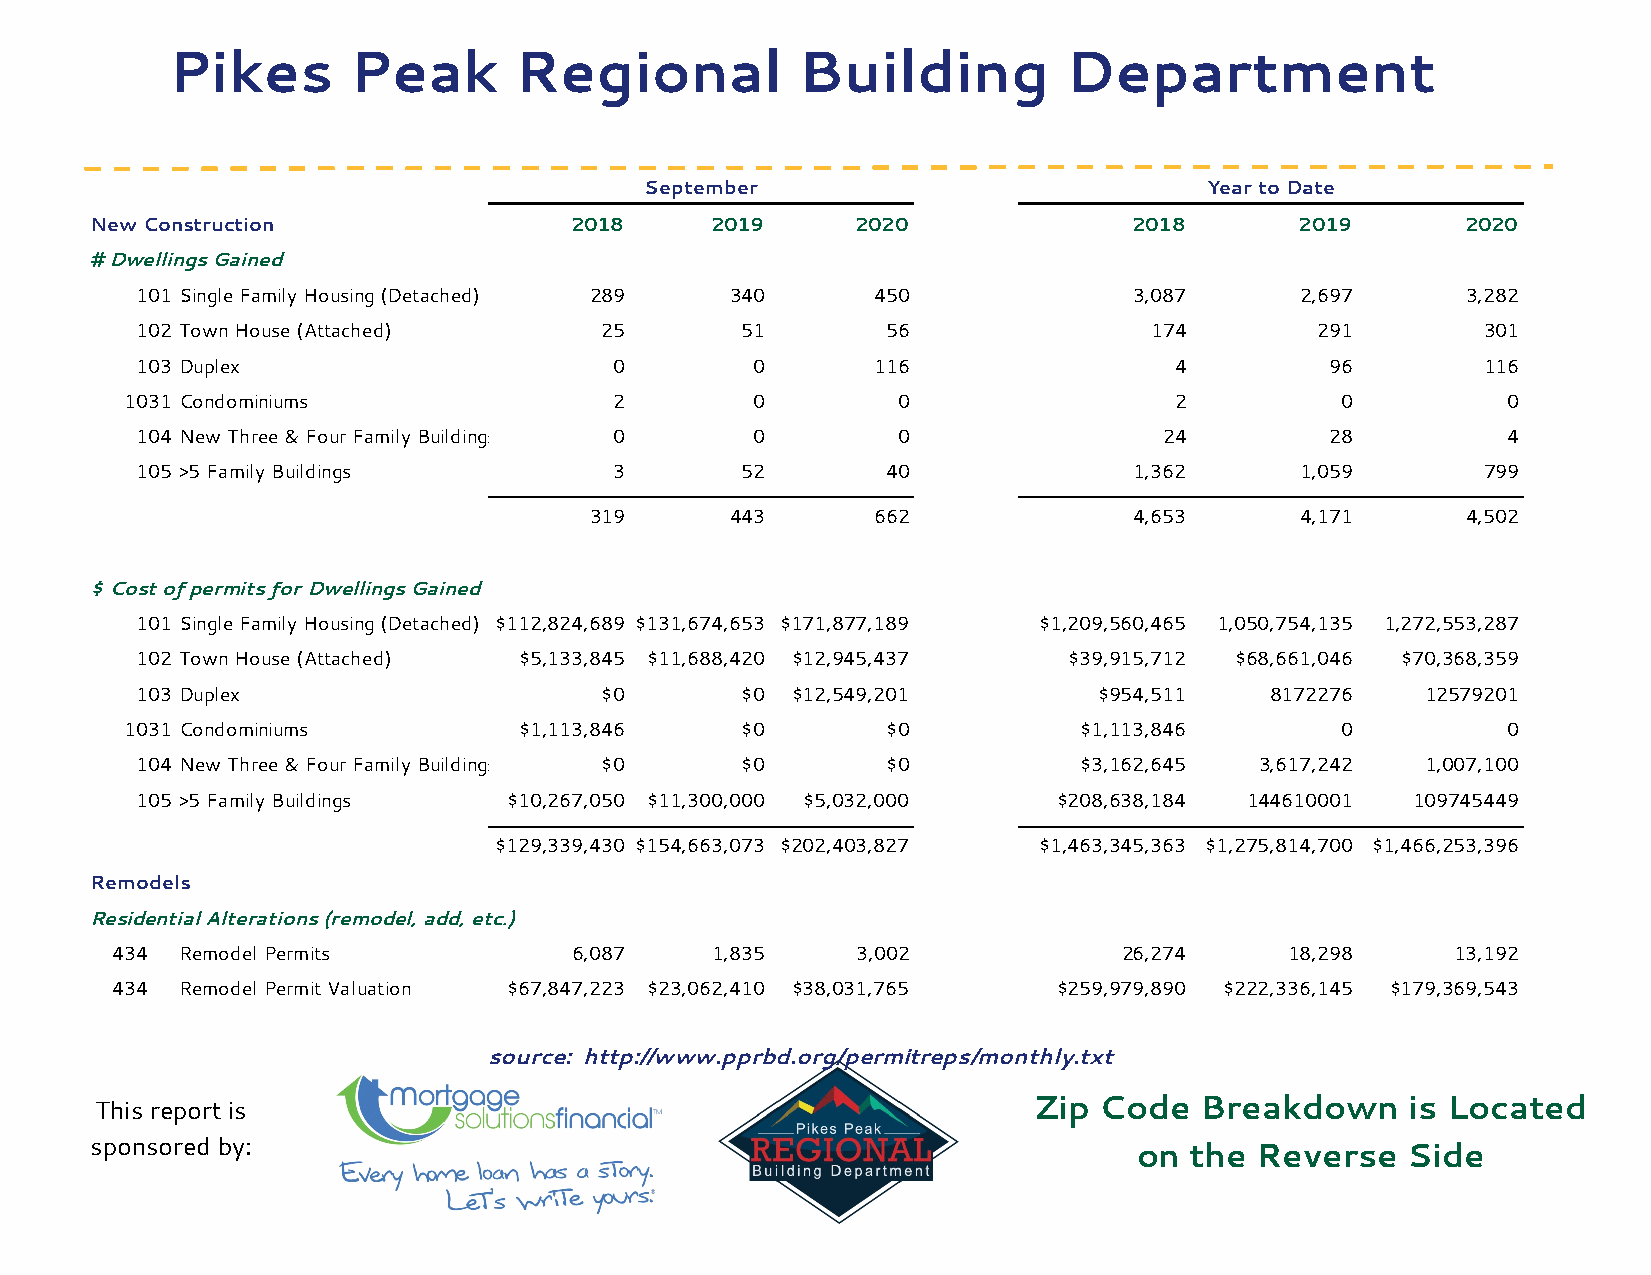
Pikes       Peak       Regional           Building         Department
 September                            Year to Date
 New Construction                2018     2019      2020              2018       2019       2020
 # Dwellings Gained
 101 Single Family Housing (Detached) 289 340     450              3,087      2,697      3,282
 102 Town House (Attached)      25       51        56               174        291        301
 103 Duplex                      0        0       116                 4         96        116
 1031 Condominiums                2        0        0                  2          0          0
 104 New Three & Four Family Buildings 0  0        0                 24         28          4
 105 >5 Family Buildings         3       52        40              1,362      1,059       799
 319      443       662              4,653      4,171      4,502
 $ Cost of permits for Dwellings Gained
 101 Single Family Housing (Detached) $112,824,689 $131,674,653 $171,877,189 $1,209,560,465 1,050,754,135 1,272,553,287
 102 Town House (Attached) $5,133,845 $11,688,420 $12,945,437  $39,915,712 $68,661,046 $70,368,359
 103 Duplex                     $0       $0 $12,549,201          $954,511   8172276   12579201
 1031 Condominiums         $1,113,846     $0        $0          $1,113,846        0          0
 104 New Three & Four Family Buildings $0 $0       $0          $3,162,645  3,617,242  1,007,100
 105 >5 Family Buildings  $10,267,050 $11,300,000 $5,032,000  $208,638,184 144610001  109745449
 $129,339,430 $154,663,073 $202,403,827 $1,463,345,363 $1,275,814,700 $1,466,253,396
 Remodels
 Residential Alterations (remodel, add, etc.)
 434  Remodel Permits           6,087    1,835     3,002            26,274     18,298     13,192
 434  Remodel Permit Valuation $67,847,223 $23,062,410 $38,031,765 $259,979,890 $222,336,145 $179,369,543
 source: http://www.pprbd.org/permitreps/monthly.txt
 This report is                                                Zip  Code  Breakdown     is Located
 sponsored by:
 on  the Reverse   Side